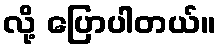
လို့ ပြောပါတယ်။